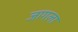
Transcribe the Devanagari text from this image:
जागला